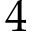
4